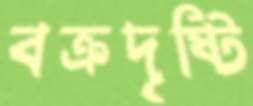
বক্রদৃষ্টি